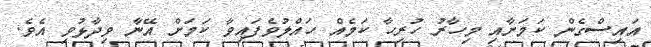
އައިސްގެން ކަމަށާއި މިހާރު ހުރިހާ ކަމެއް ހައްލުވެފައިވާ ކަމަށް އޭނާ ވިދާޅުވި އެވެ.